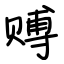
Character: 赙